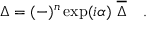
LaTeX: \Delta = ( - ) ^ { n } \exp ( i \alpha ) \ { \overline { { { \Delta } } } } \quad .